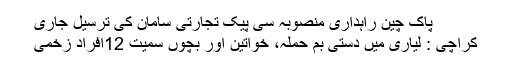
پاک چین راہداری منصوبہ سی پیک تجارتی سامان کی ترسیل جاری
کراچی : لیاری میں دستی بم حملہ، خواتین اور بچوں سمیت 12افراد زخمی